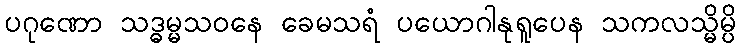
ပဂုဏော သဒ္ဓမ္မသဝနေ ခေမသရံ ပယောဂါနုရူပေန သကလသ္မိမ္ပိ